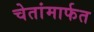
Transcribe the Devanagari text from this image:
चेतांमार्फत